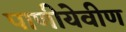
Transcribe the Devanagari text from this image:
पाणीयेवीण